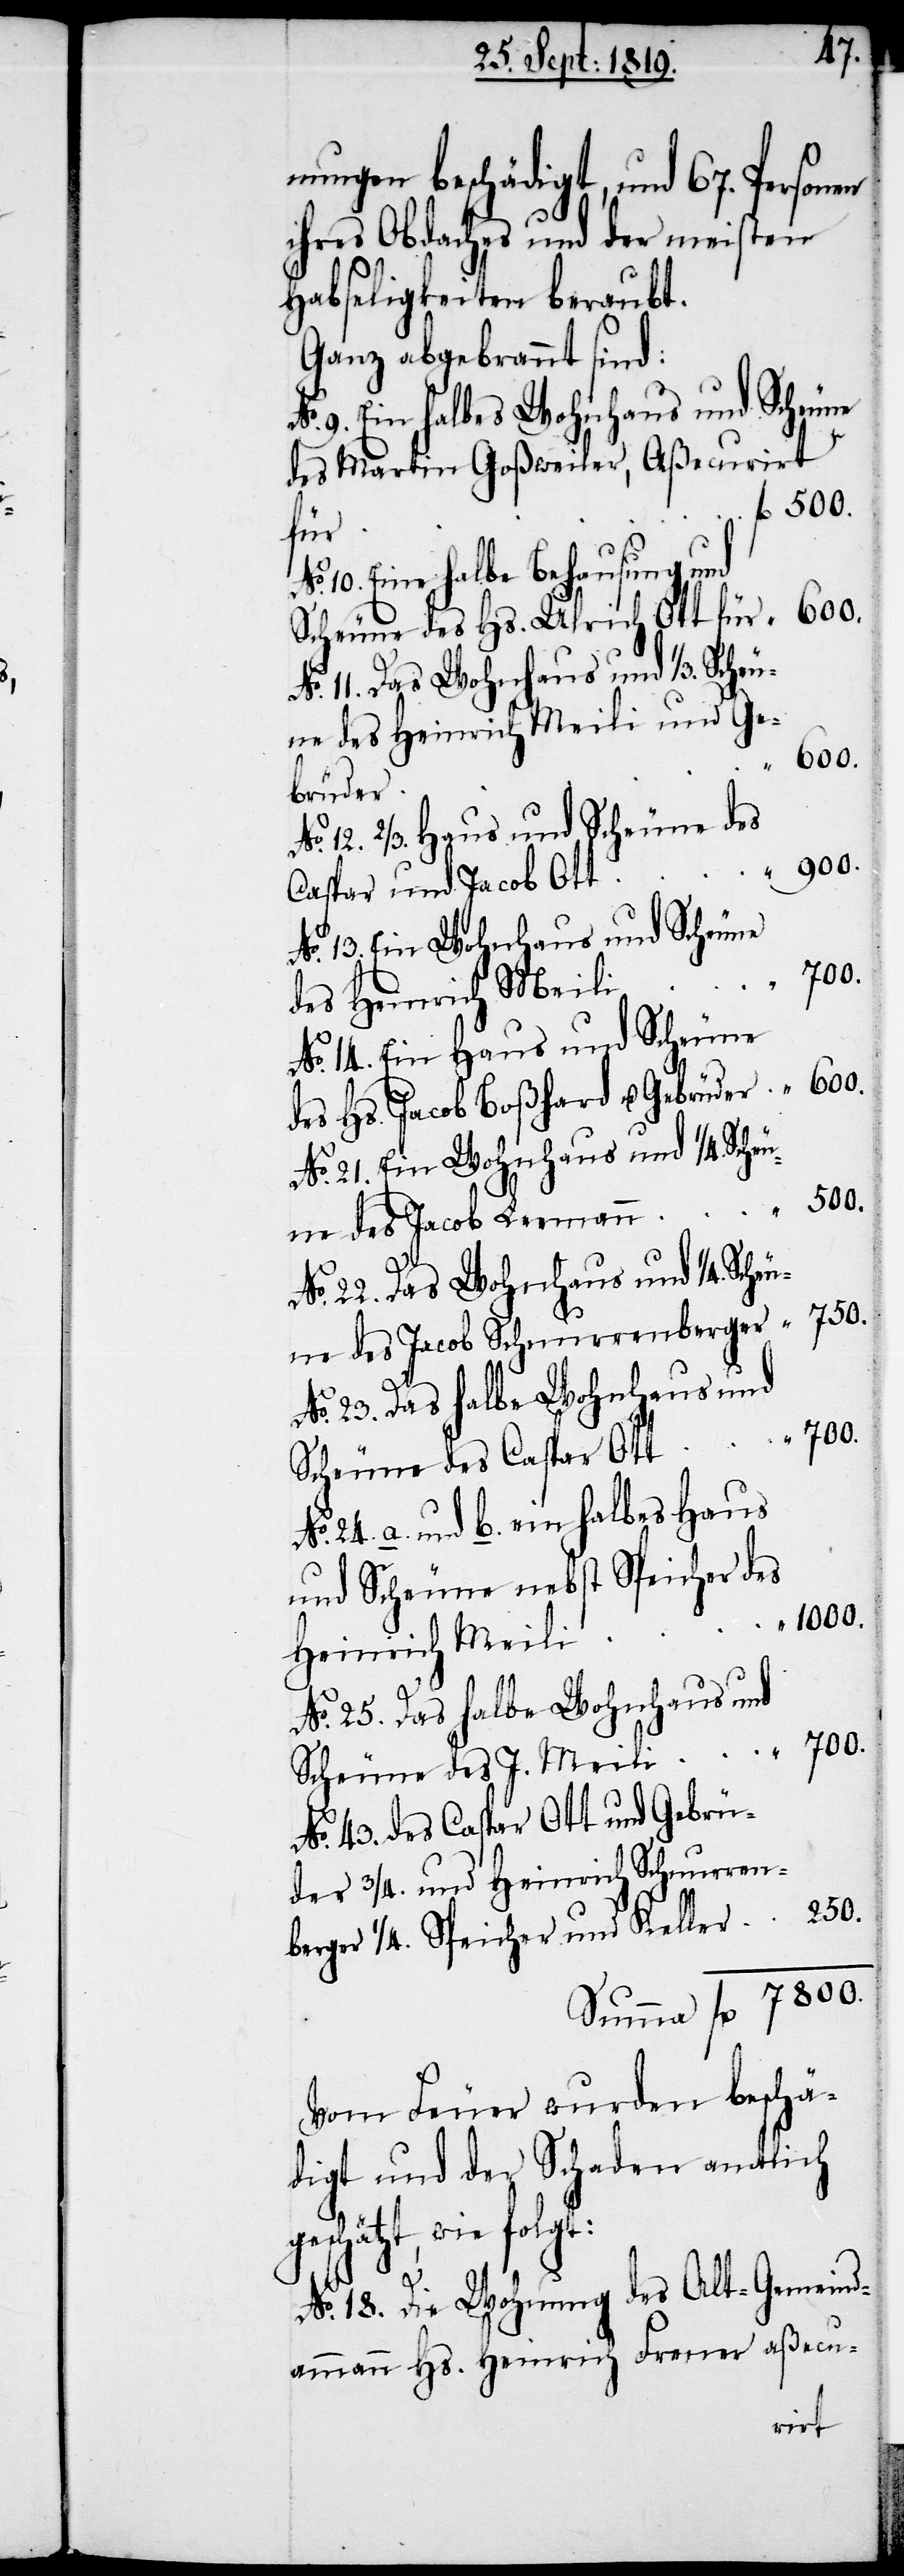
nungen beschädigt, und 67. Personen
ihres Obdaches und der meisten
Habseligkeiten beraubt.
Ganz abgebrannt sind:
der ¾. und hohe
des Martin Goßweiler, Aßecurirt
fl. 7800.
für
10. Eine halbe Behausung und
Scheune des Hs. Ulrich Ott für
11. Das Wohnhaus und 1/3. Scheu¬
ne des Heinrich Meili und Ge¬
brüder
12. 2/3. Haus und Scheune des
Caspar und Jacob Ott
No. 13. Ein Wohnhaus und Scheune
des Heinrich Meili
No. 14. Ein Haus und Scheune
des Hs. Jacob Boßhard u. Gebrüder
No. 21. Ein Wohnhaus und ¼. Scheu¬
ne des Jacob Leemann
No. 22. Das Wohnhaus und ¼. Scheu¬
250.
g¬
ne des Jacob Schnurrenberger
Scheune des Caspar Ott
24. a. und b. ein halbes Haus
und Scheune nebst Speicher des
1000.
Heinrich Meili
No. 25. Das halbe Wohnhaus und
No. 43. des Caspar Ott und Gebrü¬
¼. Speicher und Keller
Vom Feuer wurden beschä¬
digt und der Schaden amtlich
eschätzt, wie folgt:
No. 18. Die Wohnung des Alt-Gemeind¬
ammann Hs. Heinrich Frenner aßecu-